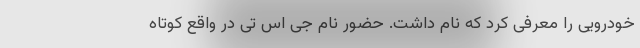
خودرویی را معرفی کرد که نام داشت. حضور نام جی اس تی در واقع کوتاه